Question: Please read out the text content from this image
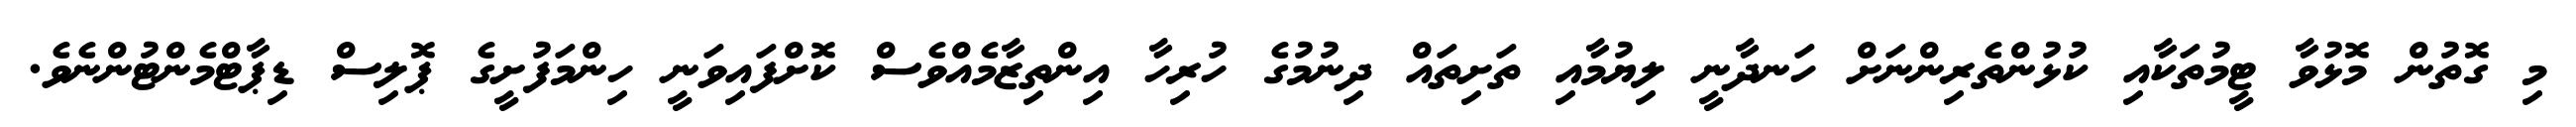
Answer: މި ގޮތުން މޮޅުވާ ޓީމުތަކާއި ކުޅުންތެރިންނަށް ހަނދާނީ ލިޔުމާއި ތަށިތައް ދިނުމުގެ ހުރިހާ އިންތިޒާމެއްވެސް ކޮށްފައިވަނީ ހިންމަފުށީގެ ޕޮލިސް ޑިޕާޓްމެންޓުންނެވެ.